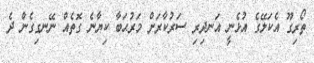
ތޯރިގޫ އެކަލޭގެ އުޅެނީ އަނދިރި ސަރުކާރަށް މަރުޙަބާ ކިޔާނެ ގޮތެއް ނޭނގިގެން ދެ